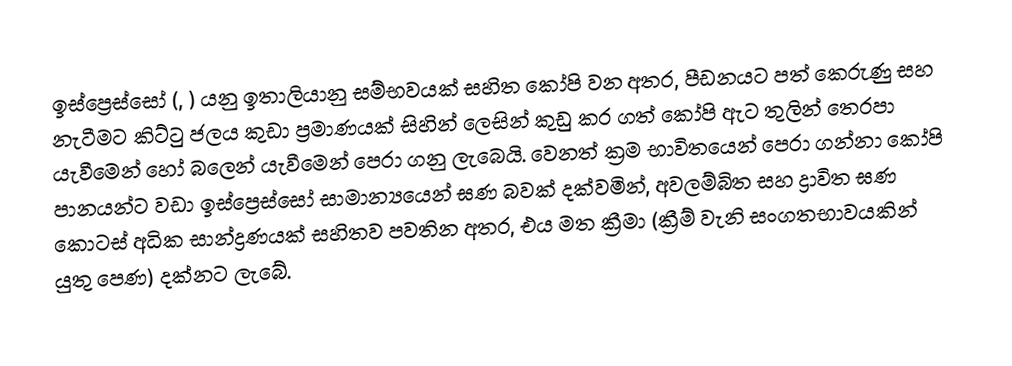
ඉස්ප්‍රෙස්සෝ (, ) යනු  ඉතාලියානු සම්භවයක් සහිත කෝපි වන අතර, පීඩනයට පත් කෙරුණු සහ  නැටීමට කිට්ටු ජලය කුඩා ප්‍රමාණයක් සිහින් ලෙසින් කුඩු කර ගත් කෝපි ඇට තුලින් තෙරපා යැවීමෙන් හෝ බලෙන් යැවීමෙන් පෙරා ගනු ලැබෙයි. වෙනත් ක්‍රම භාවිතයෙන් පෙරා ගන්නා කෝපි පානයන්ට වඩා ඉස්ප්‍රෙස්සෝ සාමාන්‍යයෙන් ඝණ බවක් දක්වමින්,  අවලම්බිත සහ ද්‍රාවිත ඝණ කොටස් අධික සාන්ද්‍රණයක් සහිතව පවතින අතර, එය මත ක්‍රීමා (ක්‍රීම් වැනි සංගතභාවයකින් යුතු පෙණ) දක්නට ලැබේ.